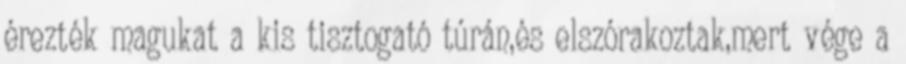
érezték magukat a kis tisztogató túrán,és elszórakoztak,mert vége a